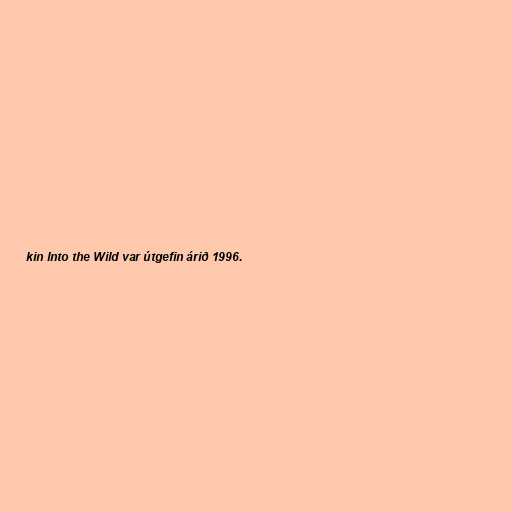
kin Into the Wild var útgefin árið 1996.